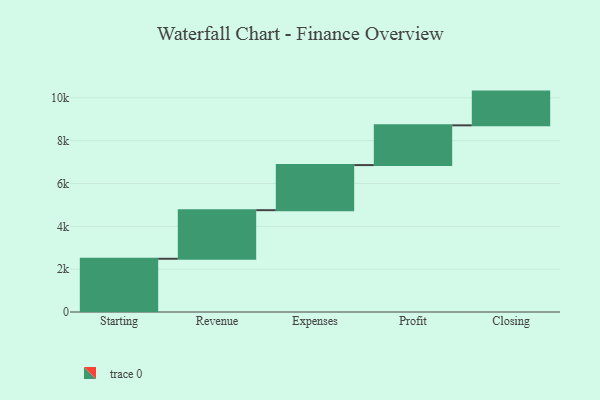
{"axis": {"x": "Step", "y": "Value"}, "legend": [""], "data": [{"x": "Starting", "y": 2486.0, "type": ""}, {"x": "Revenue", "y": 2268.0, "type": ""}, {"x": "Expenses", "y": 2106.0, "type": ""}, {"x": "Profit", "y": 1856.0, "type": ""}, {"x": "Closing", "y": 1575.0, "type": ""}]}